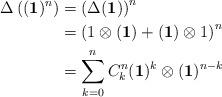
LaTeX: \begin{align*}\Delta \left((\mathbf{1})^n\right)&=\left(\Delta (\mathbf{1})\right)^n\\&=\left(1\otimes(\mathbf{1})+(\mathbf{1})\otimes 1\right)^n\\&=\sum_{k=0}^n C^n_k (\mathbf{1})^k\otimes(\mathbf{1})^{n-k}\end{align*}